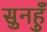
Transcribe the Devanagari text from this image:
सुनहुँ